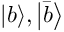
{ \left| { b } \right\rangle } , { \left| { \bar { b } } \right\rangle }